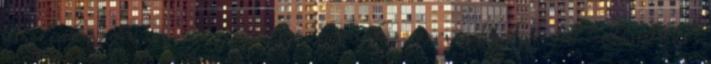
amelyek azonban nem mindig azonosak a szervezetre kifejtett hatásukkal.